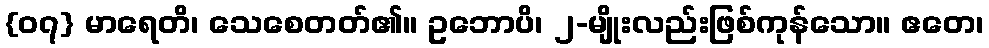
{၀၇} မာရေတိ၊ သေစေတတ်၏။ ဥဘောပိ၊ ၂-မျိုးလည်းဖြစ်ကုန်သော။ ဧတေ၊